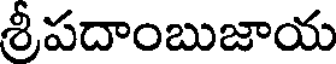
శ్రీపదాంబుజాయ